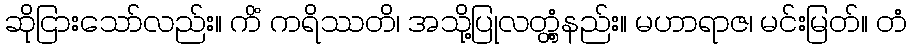
ဆိုငြားသော်လည်း။ ကိံ ကရိဿတိ၊ အသို့ပြုလတ္တံ့နည်း။ မဟာရာဇ၊ မင်းမြတ်။ တံ